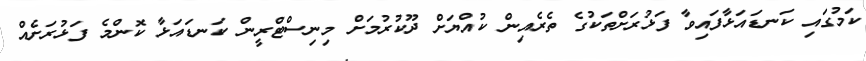
ކަމުގައި ކަނޑައަޅާފައިވާ ފަޅުރަށްތަކުގެ ތެރެއިން ކުއްޔަށް ދޫކުރުމަށް މިނިސްޓްރީން ކަނޑައަޅާ ކޮންމެ ފަޅުރަށެއް